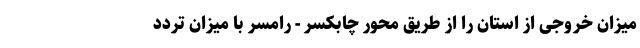
میزان خروجی از استان را از طریق محور چابکسر - رامسر با میزان تردد